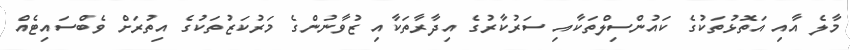
މާލެ އާއި އަތޮޅުތަކުގެ ކައުންސިލްތަކާއި ސަރުކާރުގެ އިދާރާތަކާއި ޒުވާނުންގެ މަރުކަޒުތަކުގެ އިތުރަށް ވެބްސައިޓެއް